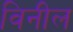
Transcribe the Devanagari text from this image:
विनील